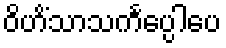
ဝိဟိံသာသင်္ကပ္ပေါပေ